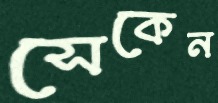
সেকেন